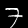
Label: 7